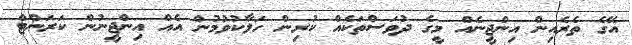
އޭގެ ތެރެއިން އިންޖީނެއް މީގެ ދުވަސްތަކެއް ކުރިން ހަލާކުވުމުން އެއް އިންޖީނުން ކަރަންޓް